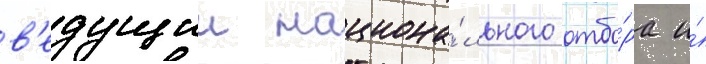
в'едущии национа́льного отбо́ра и́